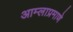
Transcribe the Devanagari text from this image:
आम्लाप्रमाणे